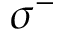
\sigma ^ { - }